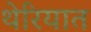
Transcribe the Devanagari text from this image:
थेरियात